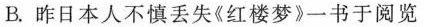
B.昨日本人不慎丢失《红楼梦》一书于阅览